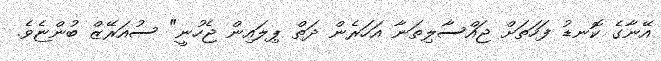
އޭނާގެ ކޮނޑު ފަހަތަށް ޖައްސާލިތަނާ އަހަރެން ދަތް ޕިލައިން ޖެހުނީ" ސުއަރޭޒް ބުންޏެވެ.